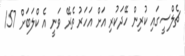
ޗެލްސީގައި ކުރިން ހޭދަކުރި އަށް އަހަރު ތެރޭ ވަނީ އެ ކްލަބަށް 157